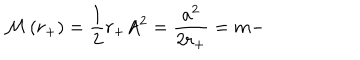
{ \cal M } \left( r _ { + } \right) = \frac { 1 } { 2 } r _ { + } A ^ { 2 } = \frac { a ^ { 2 } } { 2 r _ { + } } = m -